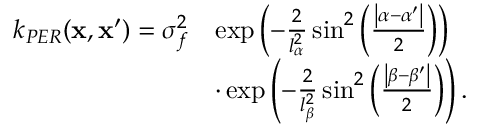
\begin{array} { r l } { k _ { P E R } ( \mathbf { x } , \mathbf { x } ^ { \prime } ) = \sigma _ { f } ^ { 2 } } & { \exp \left( - \frac { 2 } { l _ { \alpha } ^ { 2 } } \sin ^ { 2 } \left( \frac { \left| \alpha - \alpha ^ { \prime } \right| } { 2 } \right) \right) } \\ & { \cdot \exp \left( - \frac { 2 } { l _ { \beta } ^ { 2 } } \sin ^ { 2 } \left( \frac { \left| \beta - \beta ^ { \prime } \right| } { 2 } \right) \right) . } \end{array}